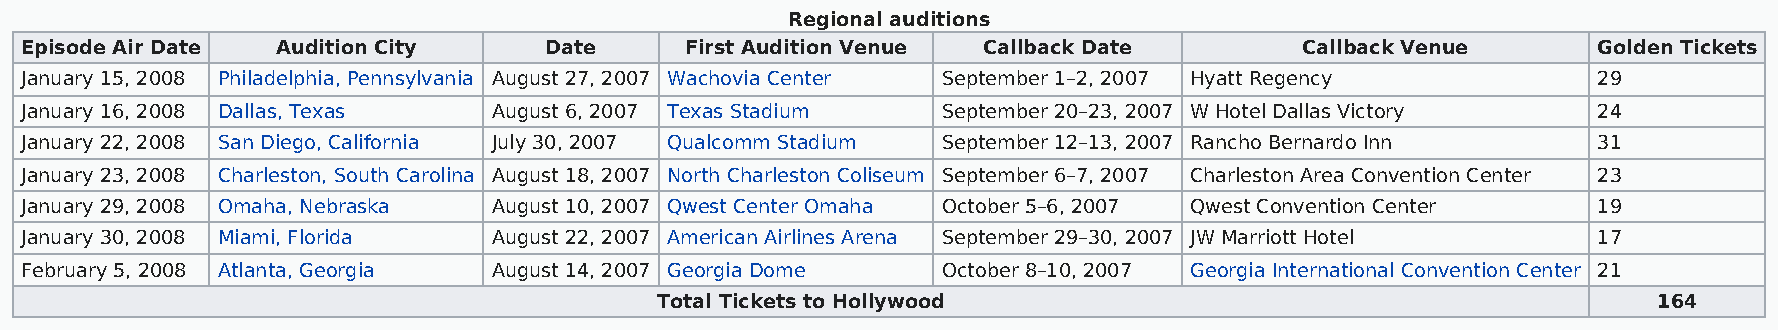
Regional auditions
 Episode Air Date Audition City     Date     First Audition Venue Callback Date       Callback Venue      Golden Tickets
 January 15, 2008 Philadelphia, Pennsylvania August 27, 2007 Wachovia Center September 1–2, 2007 Hyatt Regency 29
 January 16, 2008 Dallas, Texas  August 6, 2007 Texas Stadium September 20–23, 2007 W Hotel Dallas Victory 24
 January 22, 2008 San Diego, California July 30, 2007 Qualcomm Stadium September 12–13, 2007 Rancho Bernardo Inn 31
 January 23, 2008 Charleston, South Carolina August 18, 2007 North Charleston Coliseum September 6–7, 2007 Charleston Area Convention Center 23
 January 29, 2008 Omaha, Nebraska August 10, 2007 Qwest Center Omaha October 5–6, 2007 Qwest Convention Center 19
 January 30, 2008 Miami, Florida August 22, 2007 American Airlines Arena September 29–30, 2007 JW Marriott Hotel 17
 February 5, 2008 Atlanta, Georgia August 14, 2007 Georgia Dome October 8–10, 2007 Georgia International Convention Center 21
 Total Tickets to Hollywood                                         164